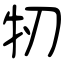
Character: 牣